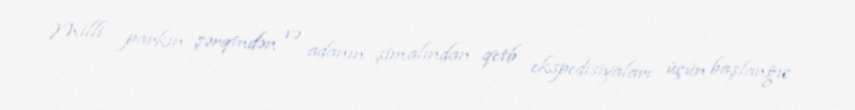
Milli parkın şərqindən və adanın şimalından qetb ekspedisiyaları üçün başlanğıc